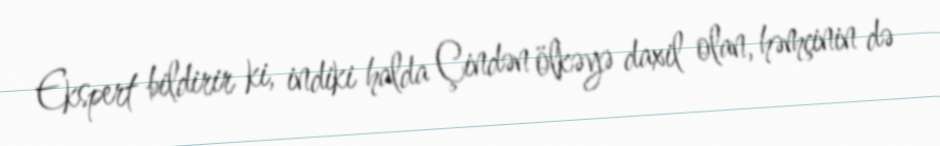
Ekspert bildirir ki, indiki halda Çindən ölkəyə daxil olan, həmçinin də